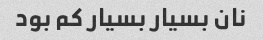
نان بسیار بسیار کم بود